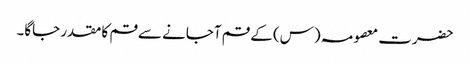
حضرت معصومہ (س) کے قم آجانے سے قم کا مقدر جاگا۔